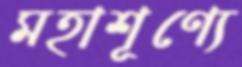
মহাশূণ্যে